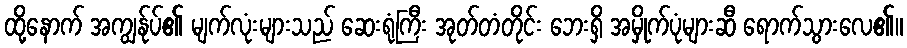
ထို့နောက် အကျွန်ုပ်၏ မျက်လုံးများသည် ဆေးရုံကြီး အုတ်တံတိုင်း ဘေးရှိ အမှိုက်ပုံများဆီ ရောက်သွားလေ၏။